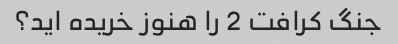
جنگ کرافت 2 را هنوز خریده اید؟